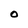
Character: 0